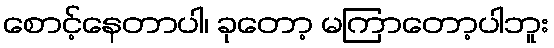
စောင့်နေတာပါ၊ ခုတော့ မကြာတော့ပါဘူး